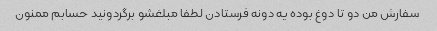
سفارش من دو تا دوغ بوده یه دونه فرستادن لطفا مبلغشو برگردونید حسابم ممنون